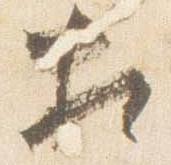
相